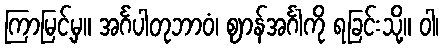
ကြာမြင့်မှ။ အင်္ဂပါတုဘာဝံ၊ ဈာန်အင်္ဂါကို ရခြင်းသို့။ ဝါ၊